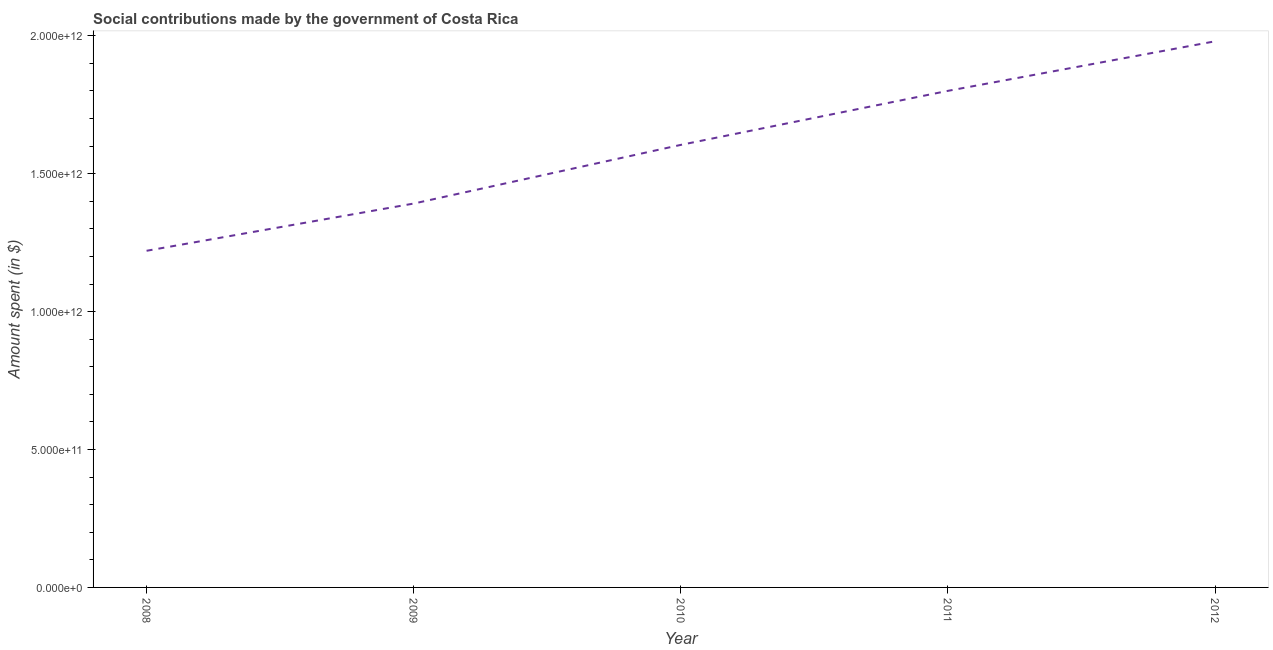
| Year | Social contributions |
 | --- | --- |
 | 2008 | 1.22e+12 |
 | 2009 | 1.39e+12 |
 | 2010 | 1.6e+12 |
 | 2011 | 1.8e+12 |
 | 2012 | 1.98e+12 |